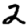
Digit: 2